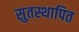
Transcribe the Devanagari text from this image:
सुतस्थापित